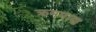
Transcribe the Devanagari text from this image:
क्रममाण